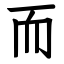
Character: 而